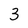
Character: 3